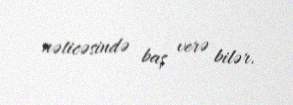
nəticəsində baş verə bilər.